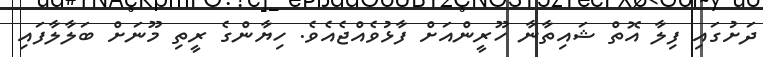
ދަށުގައި ފިލާ އޮތް ޝައިތާނާ ހޫރީންއަށް ފާޅުވެއްޖެއެވެ. ހިޔާންގެ ރީތި މޫނަށް ބަލާލާފައި